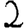
Digit: 2